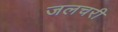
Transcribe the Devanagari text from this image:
जलचरी